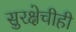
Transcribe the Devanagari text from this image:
सुरक्षेचीही